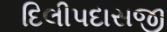
દિલીપદાસજી